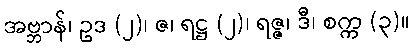
အဗ္ဘာန်၊ ဥဒ (၂)၊ ဇ၊ ရဋ္ဌ (၂)၊ ရဇ္ဇ၊ ဒီ၊ စက္က (၃)။